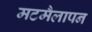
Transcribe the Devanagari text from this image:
मटमैलापन